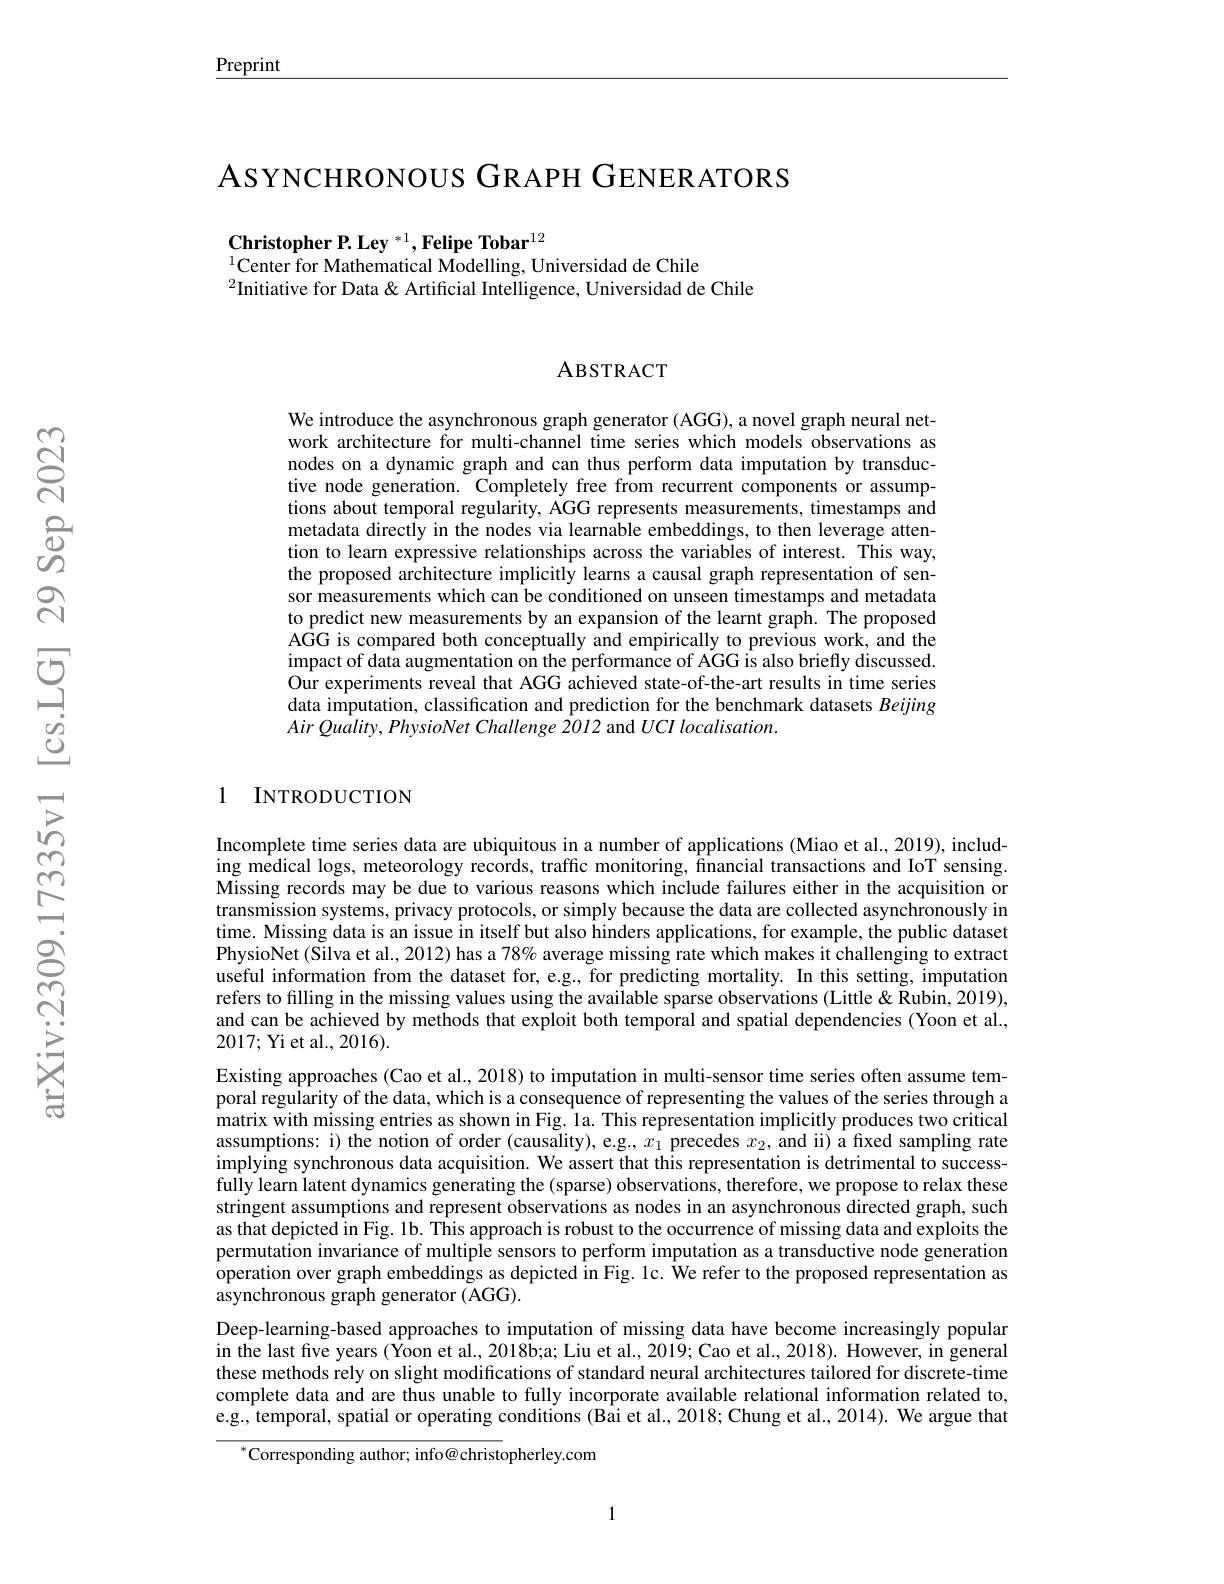
$\underline{\text{Preprint}}$

ASYNCHRONOUS GRAPH GENERATORS

Christopher P. Ley $^{*1},\textbf{Felipe Tobar}^{12}$
$^{1}\dot{\text{Center for Mathematical Modelling, Universidad de Chile}}$
$^{2}$Initiative for Data & Artificial Intelligence, Universidad de Chile

## ABSTRACT

We introduce the asynchronous graph generator (AGG), a novel graph neural network architecture for multi-channel time series which models observations as nodes on a dynamic graph and can thus perform data imputation by transductive node generation. Completely free from recurrent components or assumptions about temporal regularity, AGG represents measurements, timestamps and metadata directly in the nodes via learnable embeddings, to then leverage attention to learn expressive relationships across the variables of interest. This way, the proposed architecture implicitly learns a causal graph representation of sensor measurements which can be conditioned on unseen timestamps and metadata to predict new measurements by an expansion of the learnt graph. The proposed AGG is compared both conceptually and empirically to previous work, and the impact of data augmentation on the performance of AGG is also briefly discussed. Our experiments reveal that AGG achieved state-of-the-art results in time series data imputation, classification and prediction for the benchmark datasets Beijing Air Quality, PhysioNet Challenge 2012 and $UCI\textit{localisation. }$

## 1 INTRODUCTION

Incomplete time series data are ubiquitous in a number of applications (Miao et al., 2019), including medical logs, meteorology records, traffic monitoring, financial transactions and IoT sensing. Missing records may be due to various reasons which include failures either in the acquisition or transmission systems, privacy protocols, or simply because the data are collected asynchronously in time. Missing data is an issue in itself but also hinders applications, for example, the public dataset PhysioNet (Silva et al., 2012) has a 78% average missing rate which makes it challenging to extract useful information from the dataset for, e.g., for predicting mortality. In this setting, imputation refers to filling in the missing values using the available sparse observations (Little &Rubin, 2019), and can be achieved by methods that exploit both temporal and spatial dependencies (Yoon et al., 2017; Yi et al., 2016).
Existing approaches (Cao et al., 2018) to imputation in multi-sensor time series often assume temporal regularity of the data, which is a consequence of representing the values of the series through a matrix with missing entries as shown in Fig. la. This representation implicitly produces two critical assumptions: i) the notion of order (causality), e.g., $x_1$ precedes $x_2$, and ii) a fıxed sampling rate implying synchronous data acquisition. We assert that this representation is detrimental to successfully learn latent dynamics generating the (sparse) observations, therefore, we propose to relax these stringent assumptions and represent observations as nodes in an asynchronous directed graph, such as that depicted in Fig. 1b. This approach is robust to the occurrence of missing data and exploits the permutation invariance of multiple sensors to perform imputation as a transductive node generation $\hat{\text{operation over graph embeddings as depicted in Fig. lc. }\hat{\text{We refer to the proposed representation as}}}$ asynchronous graph generator (AGG).
Deep-learning-based approaches to imputation of missing data have become increasingly popular in the last five years ( Yoon et al., 2018b;a; Liu et al., 2019; Cao et al., 2018). However, in general these methods rely on slight modifications of standard neural architectures tailored for discrete-time complete data and are thus unable to fully incorporate available relational information related to, e.g., temporal, spatial or operating conditions (Bai et al., 2018; Chung et al., 2014). We argue that
$^{*}$Corresponding author; info@ christopherley.com

1